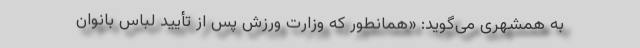
به همشهری می‌گوید: «همانطور که وزارت ورزش پس از تأیید لباس بانوان